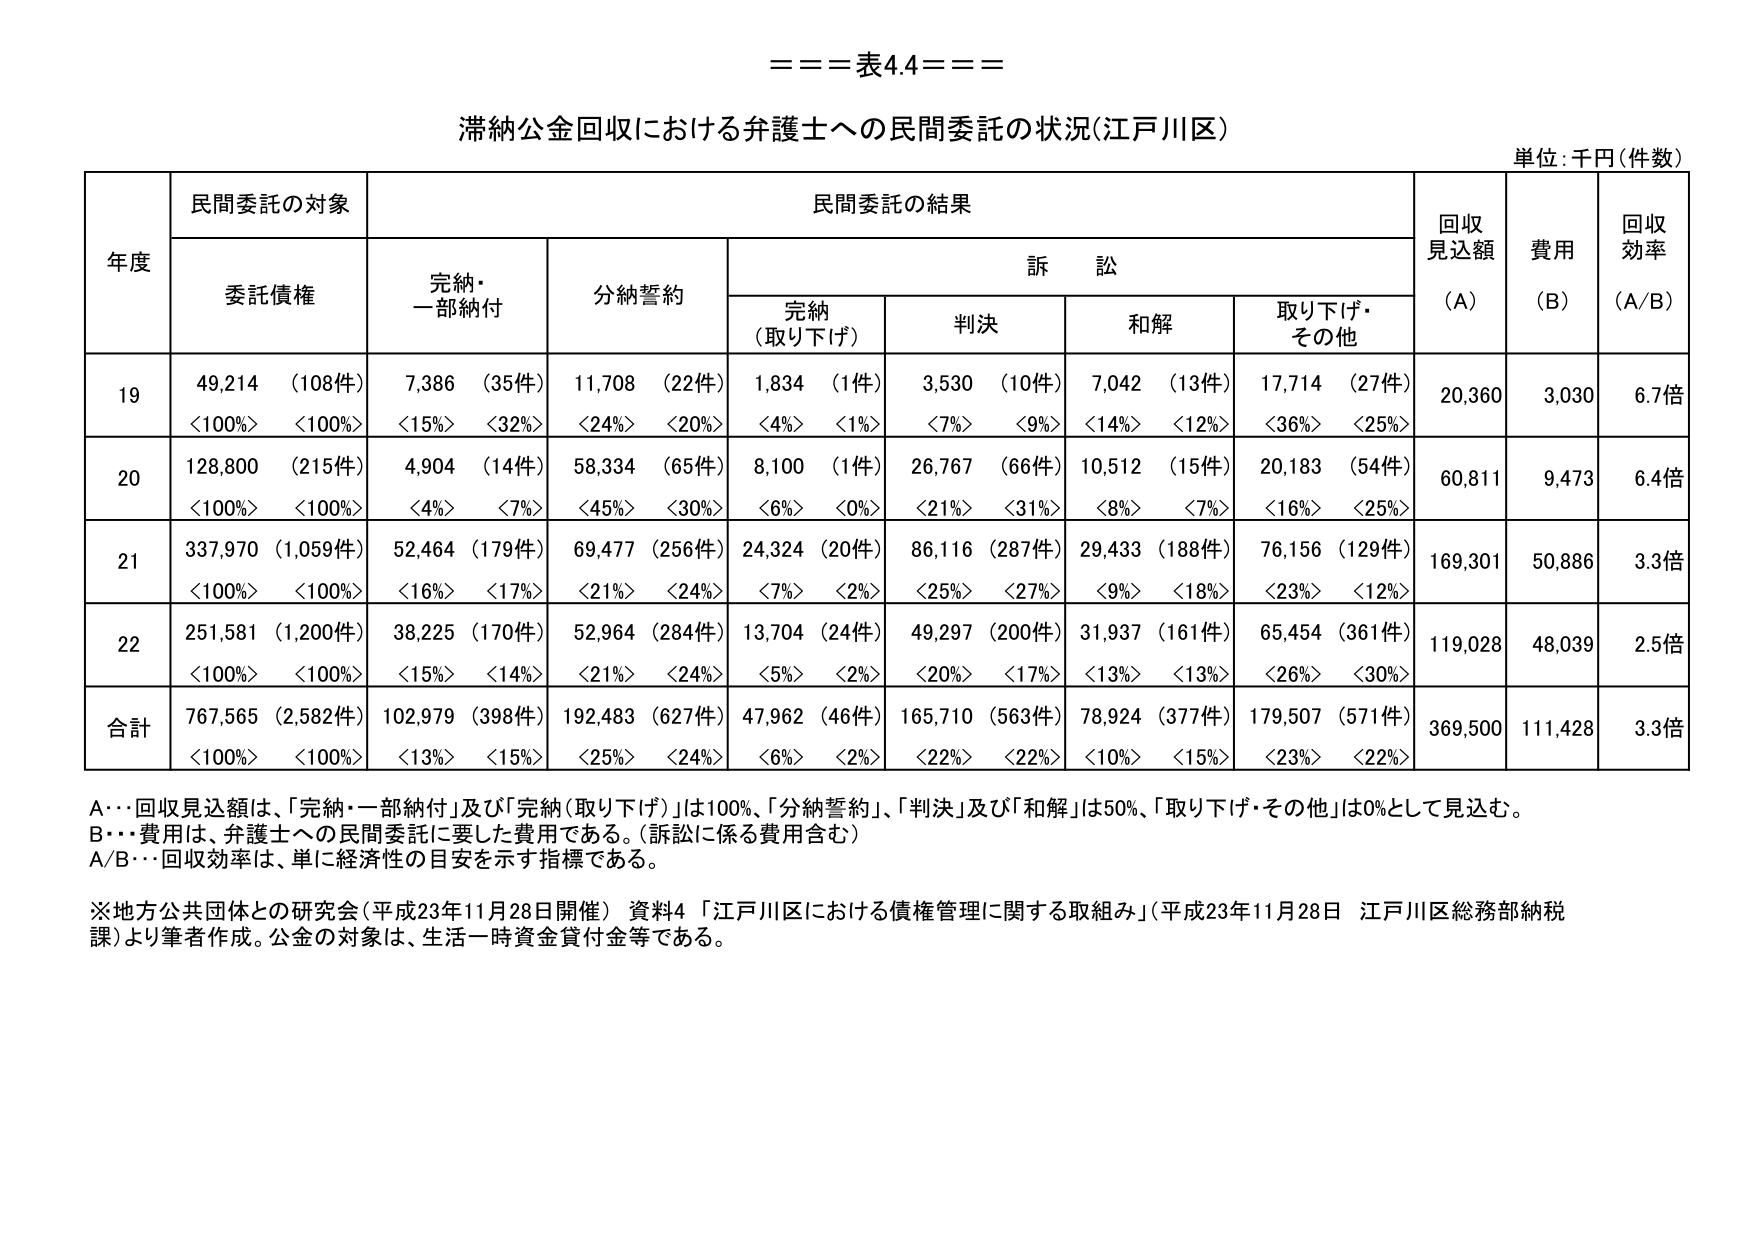
===表4.4===

滞納公金回収における弁護士への民間委託の状況(江戸川区)

単位:千円(件数)

年度 民間委託の対象 民間委託の結果 回収 見込額 費用 回収 効率
委託債権 完納・ 一部納付 分納誓約 訴 訟 (A) (B) (A/B)
完納 (取り下げ) 判決 和解 取り下げ・ その他

19 49,214 (108件) 7,386 (35件) 11,708 (22件) 1,834 (1件) 3,530 (10件) 7,042 (13件) 17,714 (27件) 20,360 3,030 6.7倍
<100%> <100%> <15%> <32%> <24%> <20%> <4%> <1%> <7%> <9%> <14%> <12%> <36%> <25%>

20 128,800 (215件) 4,904 (14件) 58,334 (65件) 8,100 (1件) 26,767 (66件) 10,512 (15件) 20,183 (54件) 60,811 9,473 6.4倍
<100%> <100%> <4%> <7%> <45%> <30%> <6%> <0%> <21%> <31%> <8%> <7%> <16%> <25%>

21 337,970 (1,059件) 52,464 (179件) 69,477 (256件) 24,324 (20件) 86,116 (287件) 29,433 (188件) 76,156 (129件) 169,301 50,886 3.3倍
<100%> <100%> <16%> <17%> <21%> <24%> <7%> <2%> <25%> <27%> <9%> <18%> <23%> <12%>

22 251,581 (1,200件) 38,225 (170件) 52,964 (284件) 13,704 (24件) 49,297 (200件) 31,937 (161件) 65,454 (361件) 119,028 48,039 2.5倍
<100%> <100%> <15%> <14%> <21%> <24%> <5%> <2%> <20%> <17%> <13%> <13%> <26%> <30%>

合計 767,565 (2,582件) 102,979 (398件) 192,483 (627件) 47,962 (46件) 165,710 (563件) 78,924 (377件) 179,507 (571件) 369,500 111,428 3.3倍
<100%> <100%> <13%> <15%> <25%> <24%> <6%> <2%> <22%> <22%> <10%> <15%> <23%> <22%>

A…回収見込額は、「完納・一部納付」及び「完納(取り下げ)」は100%、「分納誓約」、「判決」及び「和解」は50%、「取り下げ・その他」は0%として見込む。
B…費用は、弁護士への民間委託に要した費用である。(訴訟に係る費用含む)
A/B…回収効率は、単に経済性の目安を示す指標である。

※地方公共団体との研究会(平成23年11月28日開催) 資料4 「江戸川区における債権管理に関する取組み」(平成23年11月28日 江戸川区総務部納税課)より筆者作成。公金の対象は、生活一時資金貸付金等である。